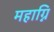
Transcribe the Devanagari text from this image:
महाग्नि